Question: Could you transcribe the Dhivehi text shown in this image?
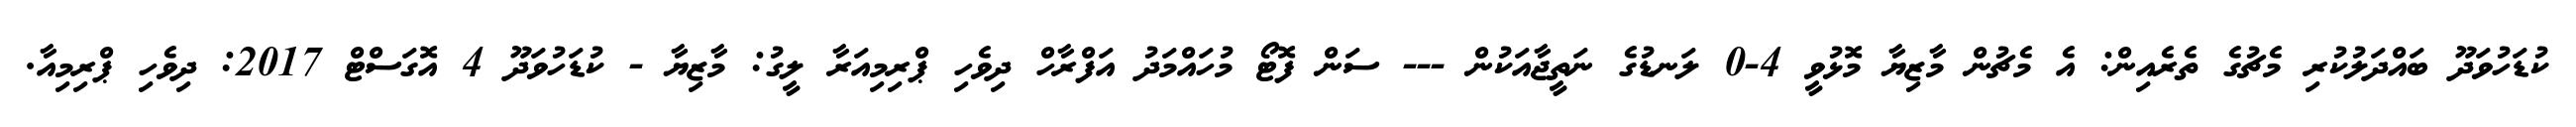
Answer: ކުޑަހުވަދޫ ބައްދަލުކުރި މެޗުގެ ތެރެއިން: އެ މެޗުން މާޒިޔާ މޮޅުވީ 4-0 ލަނޑުގެ ނަތީޖާއަކުން --- ސަން ފޮޓޯ މުހައްމަދު އަފްރާހް ދިވެހި ޕްރިމިއަރާ ލީގު: މާޒިޔާ - ކުޑަހުވަދޫ 4 އޮގަސްޓް 2017: ދިވެހި ޕްރިމިއާ.